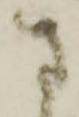
さ